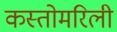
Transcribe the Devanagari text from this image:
कस्तोमरिली